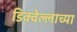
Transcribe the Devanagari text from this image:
डिक्वेल्लाच्या